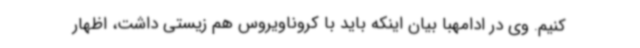
کنیم. وی در ادامهبا بیان اینکه باید با کروناویروس هم زیستی داشت، اظهار